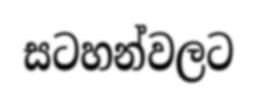
සටහන්වලට